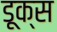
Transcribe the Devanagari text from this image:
डूक्स